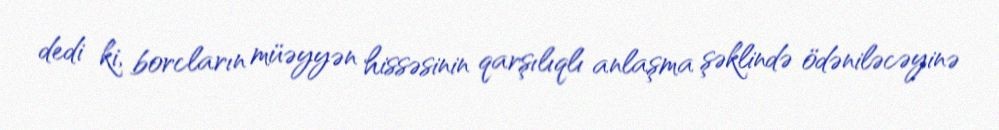
dedi ki, borcların müəyyən hissəsinin qarşılıqlı anlaşma şəklində ödəniləcəyinə